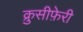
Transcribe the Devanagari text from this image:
क्रुसीफ़ेरी